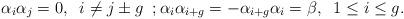
LaTeX: \begin{align*}\alpha_{i} \alpha_{j}=0, \;\;i\neq j\pm g\;\;;\alpha_{i}\alpha_{i+g}=-\alpha_{i+g}\alpha_{i}=\beta , \; \;1\leq i\leq g.\end{align*}